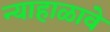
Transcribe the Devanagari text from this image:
न्याहाळावे